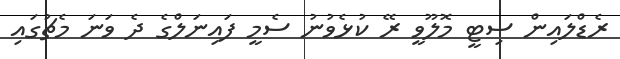
ރެޑްލައިން ސިޓީ މޮލޫވީ ރޭ ކުޅެވުނު ސެމީ ފައިނަލްގެ ދެ ވަނަ މެޗުގައި